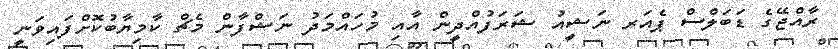
ރާއްޖޭގެ ޑަބަލްސް ޕެއަރ ނަޝީއު ޝަރަފުއްދީން އާއި މުހައްމަދު ނަޝްފާން މެޗް ކާމިޔާބުކޮށްފައިވަނީ